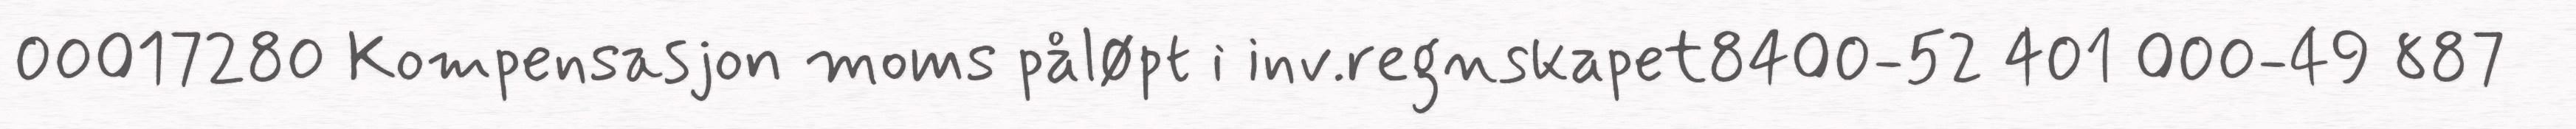
00017280 Kompensasjon moms påløpt i inv.regnskapet8400-52 401 000-49 887